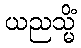
ယညသ္မိံ